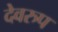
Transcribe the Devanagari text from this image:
देवरुप